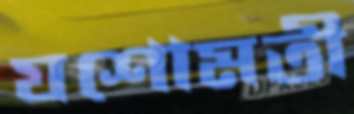
যশোমতী